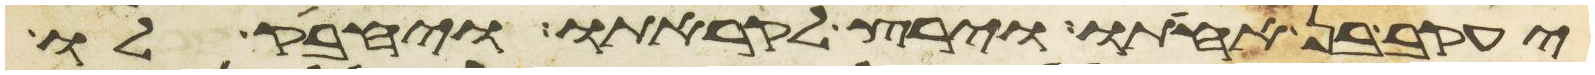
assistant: יעקב בן אחותו וירץ לקראתו ויחבק לו